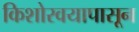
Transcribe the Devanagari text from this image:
किशोरवयापासून